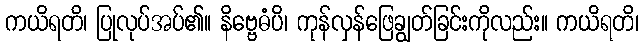
ကယိရတိ၊ ပြုလုပ်အပ်၏။ နိဗ္ဗေဓံပိ၊ ကုန်လှန်ဖြေချွတ်ခြင်းကိုလည်း။ ကယိရတိ၊